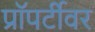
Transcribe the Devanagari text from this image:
प्रॉपर्टीवर